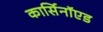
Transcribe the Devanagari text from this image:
कार्सिनॉएड